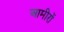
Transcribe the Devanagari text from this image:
आमीरों